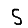
Digit: 5